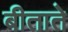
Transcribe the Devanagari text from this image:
बीताते